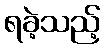
ရခဲ့သည့်